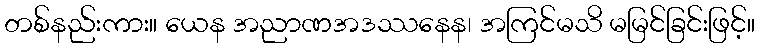
တစ်နည်းကား။ ယေန အညာဏအဒဿနေန၊ အကြင်မသိ မမြင်ခြင်းဖြင့်။